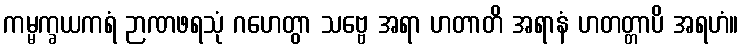
ကမ္မက္ခယကရံ ဉာဏဖရသုံ ဂဟေတွာ သဗ္ဗေ အရာ ဟတာတိ အရာနံ ဟတတ္တာပိ အရဟံ။